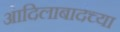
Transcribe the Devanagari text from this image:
आदिलाबादच्या